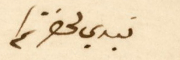
نبدي لحضرتكم